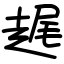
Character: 趘